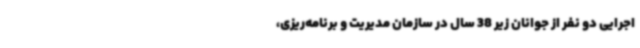
اجرایی دو نفر از جوانان زیر 38 سال در سازمان مدیریت و برنامه‌ریزی،